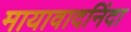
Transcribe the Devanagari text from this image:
मायावादनिंदा